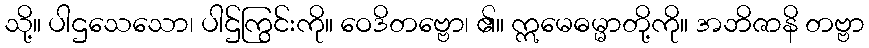
သို့။ ပါဌသေသော၊ ပါဌ်ကြွင်းကို။ ဝေဒိတဗ္ဗော၊ ၏။ ဣမေဓမ္မာတို့ကို။ အဘိဇာနိ တဗ္ဗာ